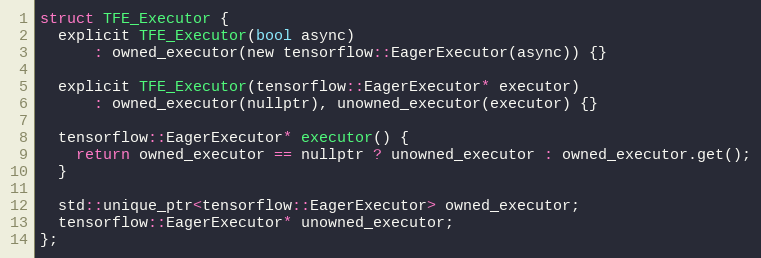
Language: C
struct TFE_Executor {
  explicit TFE_Executor(bool async)
      : owned_executor(new tensorflow::EagerExecutor(async)) {}

  explicit TFE_Executor(tensorflow::EagerExecutor* executor)
      : owned_executor(nullptr), unowned_executor(executor) {}

  tensorflow::EagerExecutor* executor() {
    return owned_executor == nullptr ? unowned_executor : owned_executor.get();
  }

  std::unique_ptr<tensorflow::EagerExecutor> owned_executor;
  tensorflow::EagerExecutor* unowned_executor;
};